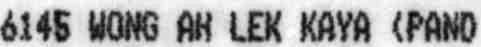
6145 WONG AH LEK KAYA (PAND